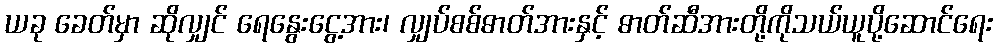
ယခု ခေတ်မှာ ဆိုလျှင် ရေနွေးငွေ့အား၊ လျှပ်စစ်ဓာတ်အားနှင့် ဓာတ်ဆီအားတို့ကိုသယ်ယူပို့ဆောင်ရေး